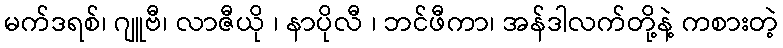
မက်ဒရစ်၊ ဂျူဗီ၊ လာဇီယို ၊ နာပိုလီ ၊ ဘင်ဖီကာ၊ အန်ဒါလက်တို့နဲ့ ကစားတဲ့